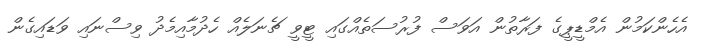
އެހެންކަމުން އެމްޑީޕީގެ ފަރާތުން އަވަސް ފުރުސަތެއްގައި ޓީވީ ޗެނަލެއް ހެދުމާއިމެދު ވިސްނައި ވަޑައިގެން